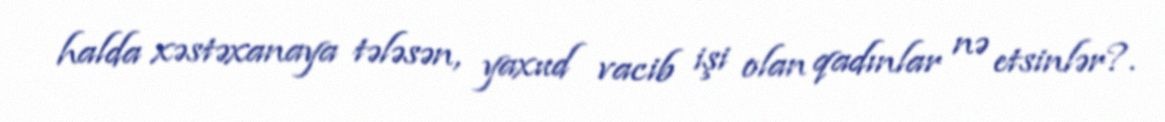
halda xəstəxanaya tələsən, yaxud vacib işi olan qadınlar nə etsinlər?.